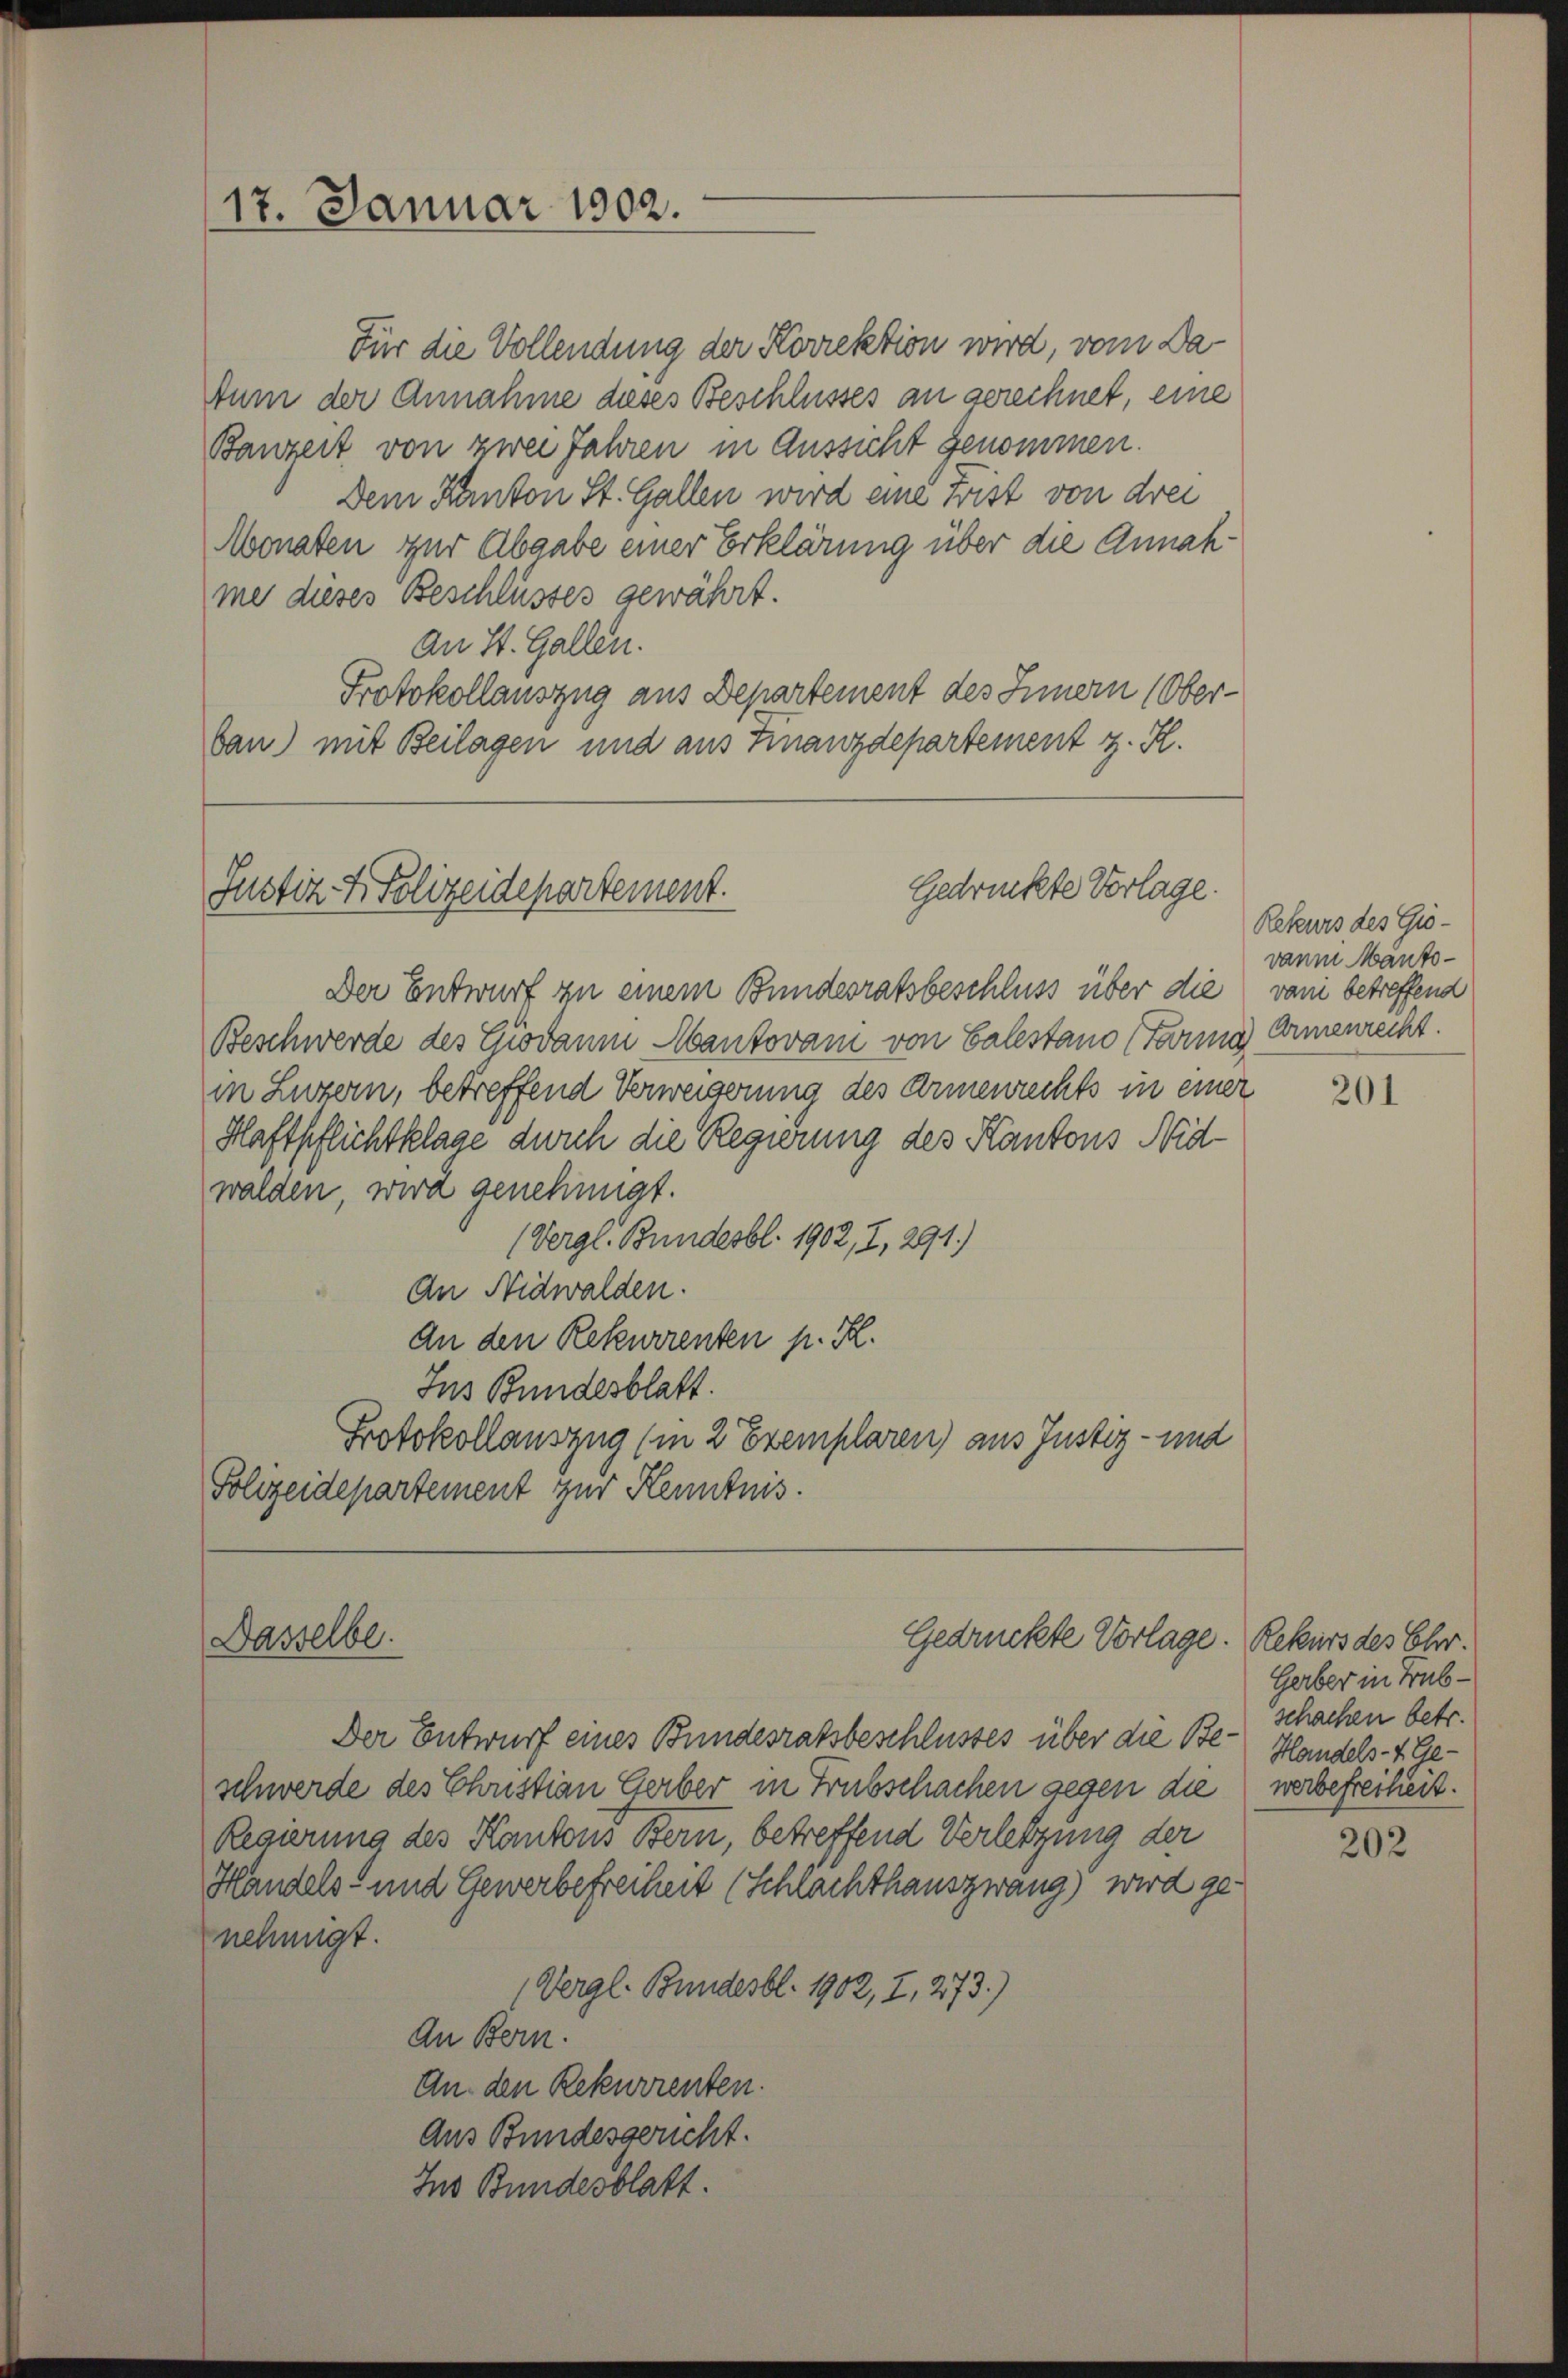
17. Januar 1902.

Für die Vollendung der Korrektion wird, vom Da
Num der Annahme dieses Beschlusses an gerechnet, eine
Banzeit von zwei Jahren in Aussicht genommen.
Dem Kanton St. Gallen wird eine Frist von drei
Monaten zur Abgabe einer Erklärung über die Annahmer dieses Beschlüsses gewährt.
An St. Gallen.
Protokollauszug aus Departement des Innern (Oberbau) mit Beilagen und aus Finanzdepartement z. K.

Gedrückte Vorlage.
Justiz- & Polizeidepartement.

Dasselbe.

Der Entwurf zu einem Bundesratsbeschluss über die von betreffend
Beschwerde des Giodaum Manzovam von Valestand (Farme Armenrecht.
in Luzern, betreffend Verweiserung des Armenrechts in einer
Haftpflichtklage durch die Regierung des Kantons Nidwalden, wird genehmigt.
(Vergl. Bundesbl. 1902, I, 291)
An Nidwalden.
An den Rekurrenten p. K.
Ins Bundesblatt.
Protokollauszug (in 2 Exemplaren) aus Justiz- und
Folizeidepartement zur Kenntnis.

Der Entwurf eines Bundesratsbeschlusses über die Be- Handels- & Geschwerde des Elustian Gerber in Trübschachen gegen die
Regierung des Kantons Bern, betreffend Verletzung der
Handels- und Gewerbefreiheit (Schlachthauszwang) wird genehmigt.
(Vergl. Bundesbl. 1902, I, 273.)
An Bern.
An den Rekurrenten.
Aus Bundesgericht.
Ins Bundesblatt.

Gedrückte Vorlage. Rekurs des Chr.

Gerber in Trubschachen betr.
werbefreiheit.

Rekurs des Grodann Manto¬

201

202